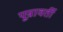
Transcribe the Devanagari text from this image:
पून्रावर्ती